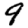
Digit: 9